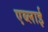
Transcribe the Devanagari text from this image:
एब्लाई